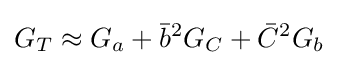
G_{T}\approx G_{a}+{\bar {b}}^{2}G_{C}+{\bar {C}}^{2}G_{b}